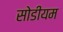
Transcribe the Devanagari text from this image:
सोडीयम